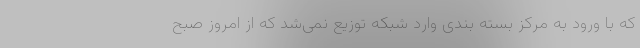
که با ورود به مرکز بسته بندی وارد شبکه توزیع نمی‌شد که از امروز صبح